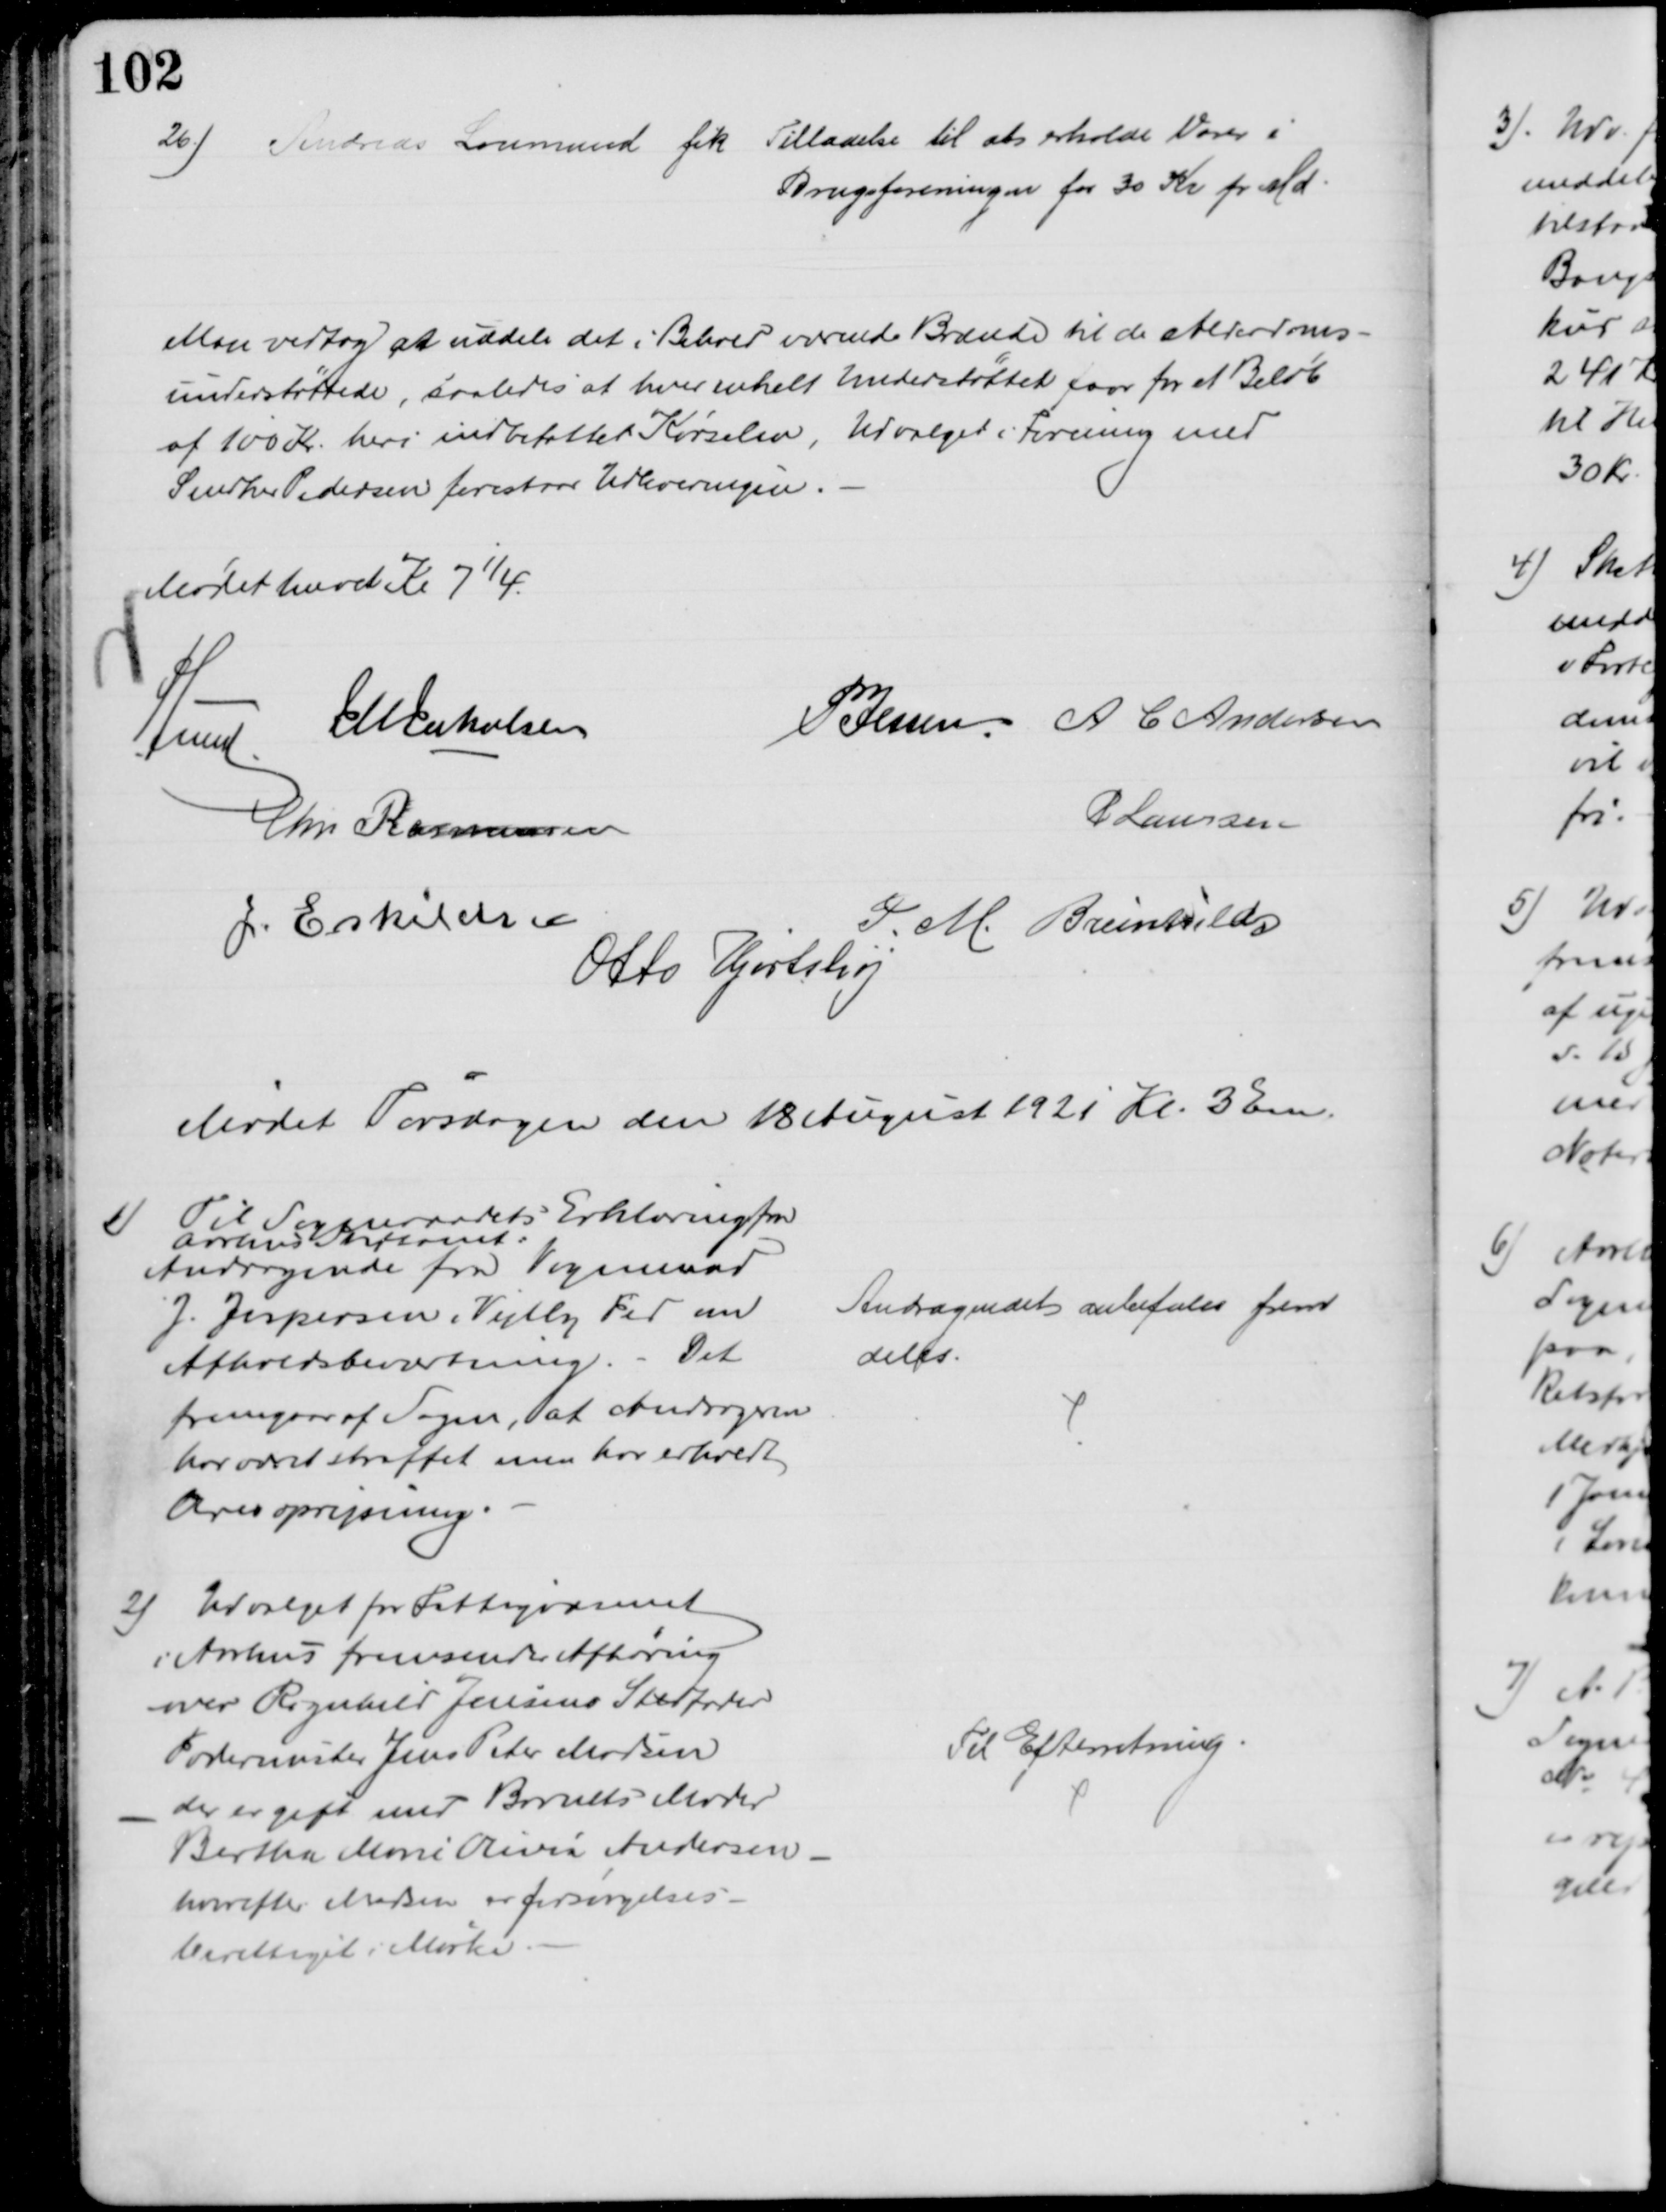
Transskription:
26) Andreas Lovmand fik Tilladelse til at erholde Varer i
Brugsforeningen for 30 Kr pr Md.
Man vedtog at uddele det i Behold værende Brænde til de Alderdoms-
understøttede, saaledes at hver enkelt Understøttet faar for et Beløb
af 100 Kr. heri indbetaltet Kørselen, Udvalget i Forening med
Snedker Pedersen forestaar Udleveringen.
Mødet hævet Kl 7¼.
A Lund
J M Jakobsen
PJessen A C Andersen
Chr Rasmussen
P Laursen
J. Eskildsen
P. M. Breinhild
Otto Hortshøj
Mødet Torsdagen den 18 August 1921 Kl. 3 Em.
1)
Til Sogneraadets Erklæring fra
Aarhus Stiftamt:
Andragende fra Vognmand
J. Jespersen, Vejlby Fed om
Afholdsbeværtning. Det
fremgaar af Sagen, at Andrageren
har været straffet men har erholdt
Æresoprejsning.
Andragendet anbefales frem
deles.
2) Udvalget for Fattigvæsenet
i Aarhus fremsender Afhøring
over Ragnhild Jensens Stedfader
Fodermester Jens Peter Madsen
der er gift med Barnets Moder
Bertha Marie Olivia Andersen
hvorefter Madsen er forsørgelses-
berettiget i Mørke.
Til Efterretning.